Scottish assistants in French and German schools and colleges, 1939
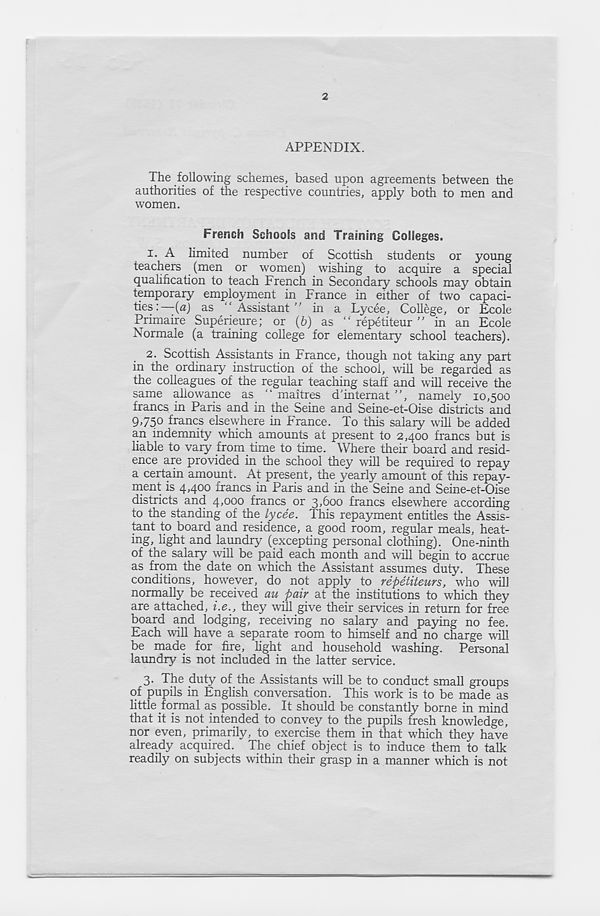
2
APPENDIX.
The following schemes, based upon agreements between the
authorities of the respective countries, apply both to men and
women.
French Schools and Training Colleges.
1. A limited number of Scottish students or young
teachers (men or women) wishing to acquire a special
qualification to teach French in Secondary schools may obtain
temporary employment in France in either of two capaci-
ties: —{a) as ‘‘Assistant " in a Lycee, College, or Ecole
Primaire Superieure; or (b) as “ repetiteur ” in an Ecole
Normale (a training college for elementary school teachers).
2. Scottish Assistants in France, though not taking any part
in the ordinary instruction of the school, will be regarded as
the colleagues of the regular teaching staff and will receive the
same allowance as “ maitres d'internat ”, namely 10,500
francs in Paris and in the Seine and Seine-et-Oise districts and
9,750 francs elsewhere in France. To this salary will be added
an indemnity which amounts at present to 2,400 francs but is
liable to vary from time to time. Where their board and resid-
ence are provided in the school they will be required to repay
a certain amount. At present, the yearly amount of this repay-
ment is 4,400 francs in Paris and in the Seine and Seine-et-Oise
districts and 4,000 francs or 3,600 francs elsewhere according
to the standing of the lycee. This repayment entitles the Assis-
tant to board and residence, a good room, regular meals, heat-
ing, light and laundry (excepting personal clothing). One-ninth
of the salary will be paid each month and will begin to accrue
as from the date on which the Assistant assumes duty. These
conditions, however, do not apply to repetiteurs, who will
normally be received au pair at the institutions to which they
are attached, i.e., they will give their services in return for free
board and lodging, receiving no salary and paying no fee.
Each will have a separate room to himself and no charge will
be made for fire, light and household washing. Personal
laundry is not included in the latter service.
3. The duty of the Assistants will be to conduct small groups
of pupils in English conversation. This work is to be made as
little formal as possible. It should be constantly borne in mind
that it is not intended to convey to the pupils fresh knowledge,
nor even, primarily, to exercise them in that which they have
already acquired. The chief object is to induce them to talk
readily on subjects within their grasp in a manner which is not